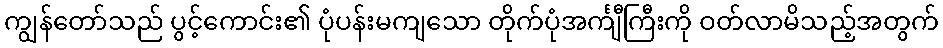
ကျွန်တော်သည် ပွင့်ကောင်း၏ ပုံပန်းမကျသော တိုက်ပုံအင်္ကျီကြီးကို ဝတ်လာမိသည့်အတွက်